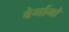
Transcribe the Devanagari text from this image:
बेर्गामो